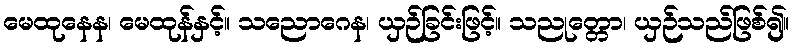
မေထုနေန၊ မေထုန်နှင့်။ သညောဂေန၊ ယှဉ်ခြင်းဖြင့်။ သညုတ္တော၊ ယှဉ်သည်ဖြစ်၍။